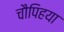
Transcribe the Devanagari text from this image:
चौपिहया